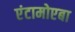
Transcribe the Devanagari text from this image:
एंटामोएबा